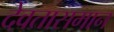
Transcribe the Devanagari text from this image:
देवतासमान